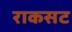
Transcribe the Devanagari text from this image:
राकसट